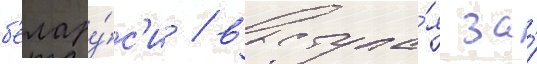
б'елару́с'и / выступа́я за́